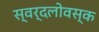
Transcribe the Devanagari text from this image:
स्वर्दलोवस्क